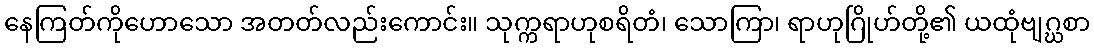
နေကြတ်ကိုဟောသော အတတ်လည်းကောင်း။ သုက္ကရာဟုစရိတံ၊ သောကြာ၊ ရာဟုဂြိုဟ်တို့၏ ယထုံဗျဂ္ဃစာ